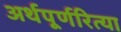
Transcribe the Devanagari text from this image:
अर्थपूर्णरित्या